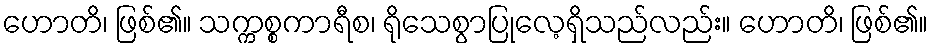
ဟောတိ၊ ဖြစ်၏။ သက္ကစ္စကာရီစ၊ ရိုသေစွာပြုလေ့ရှိသည်လည်း။ ဟောတိ၊ ဖြစ်၏။